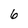
Character: 6